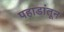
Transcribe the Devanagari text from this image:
पहाडांतून